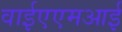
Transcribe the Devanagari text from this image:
वाईएएमआई